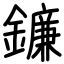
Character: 鐮